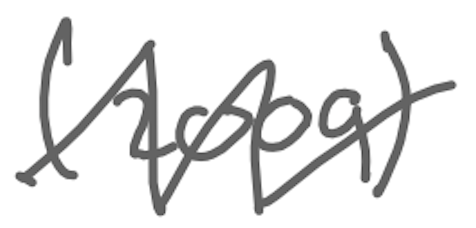
Text: (2009)
Cross-out: zig-zag
Writing tool: digital_gray